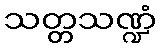
သတ္တသဏ္ဍံ